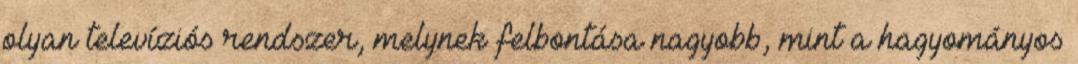
olyan televíziós rendszer, melynek felbontása nagyobb, mint a hagyományos